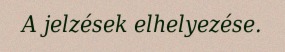
A jelzések elhelyezése.